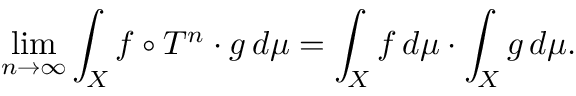
\operatorname* { l i m } _ { n \to \infty } \int _ { X } f \circ T ^ { n } \cdot g \, d \mu = \int _ { X } f \, d \mu \cdot \int _ { X } g \, d \mu .